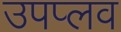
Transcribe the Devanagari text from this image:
उपप्लव